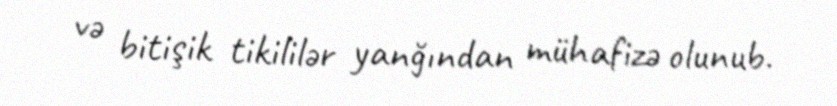
və bitişik tikililər yanğından mühafizə olunub.